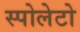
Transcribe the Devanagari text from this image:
स्पोलेटो